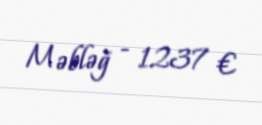
Məbləğ - 1237 €